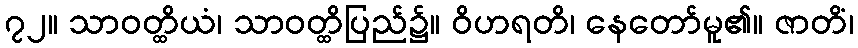
၇၂။ သာဝတ္ထိယံ၊ သာဝတ္ထိပြည်၌။ ဝိဟရတိ၊ နေတော်မူ၏။ ဇာတိံ၊